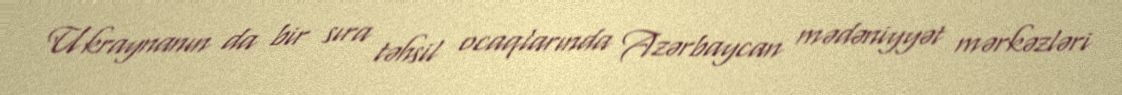
Ukraynanın da bir sıra təhsil ocaqlarında Azərbaycan mədəniyyət mərkəzləri